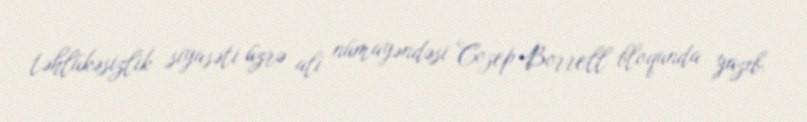
təhlükəsizlik siyasəti üzrə ali nümayəndəsi Cozep Borrell bloqunda yazıb.